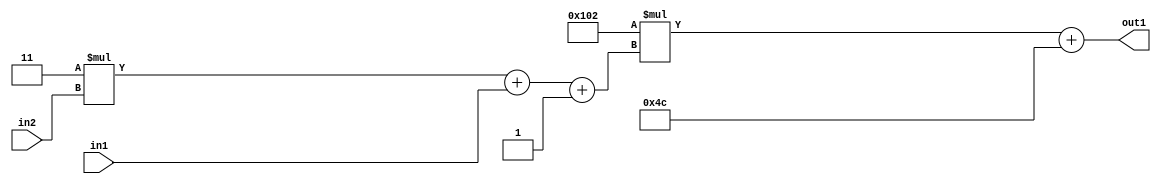
`timescale 1ps / 1ps
/*****************************************************************************
    Verilog RTL Description
    
    
    Created by: Stratus DpOpt 2019.1.01 
*******************************************************************************/

module DC_Filter_Add2i76Mul2i258Add3i1u1Mul2i3u2_1 (
	in2,
	in1,
	out1
	); /* architecture "behavioural" */ 
input [1:0] in2;
input  in1;
output [11:0] out1;
wire [11:0] asc001;
wire [3:0] asc002;

wire [3:0] asc002_tmp_0;
wire [3:0] asc002_tmp_1;
assign asc002_tmp_1 = 
	+(4'B0011 * in2);
assign asc002_tmp_0 = asc002_tmp_1
	+(in1);
assign asc002 = asc002_tmp_0
	+(4'B0001);

wire [11:0] asc001_tmp_2;
assign asc001_tmp_2 = 
	+(12'B000100000010 * asc002);
assign asc001 = asc001_tmp_2
	+(12'B000001001100);

assign out1 = asc001;
endmodule

/* CADENCE  vrPzSg4= : u9/ySgnWtBlWxVPRXgAZ4Og= ** DO NOT EDIT THIS LINE ******/